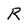
Character: R